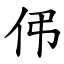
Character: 伄